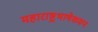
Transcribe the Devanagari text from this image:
महाराष्ट्रभाषेकरून